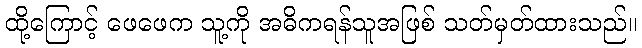
ထို့ကြောင့် ဖေဖေက သူ့ကို အဓိကရန်သူအဖြစ် သတ်မှတ်ထားသည်။